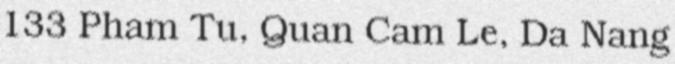
133 Pham Tu, Quan Cam Le, Da Nang